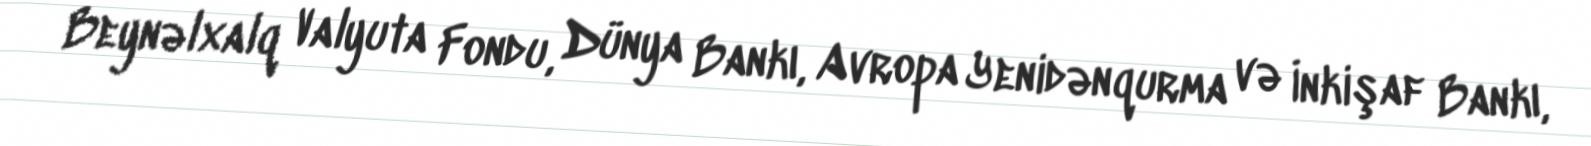
Beynəlxalq Valyuta Fondu, Dünya Bankı, Avropa Yenidənqurma və İnkişaf Bankı,